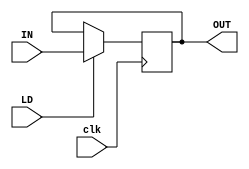
`timescale 1ns / 1ps
//////////////////////////////////////////////////////////////////////////////////
// Company:        KARF
// 
// Design Name: 
// Module Name:    LC3_REG 
// Project Name: 
// Target Devices: 
// Tool versions: 
// Description:    Used for PC and IR
//
// Dependencies: 
//
// Revision: 
// Revision 0.01 - File Created
// Additional Comments: 
//
//////////////////////////////////////////////////////////////////////////////////
module LC3_REG(
    input [15:0] IN,
    input LD,
    input clk,
    output reg [15:0] OUT
    );

    always @(posedge clk) begin // Occurs only on rising clock edge
        if (LD) // Check for LD signal from FSM, won't check clk b/c of posedge
	    OUT <= IN;
    end
endmodule